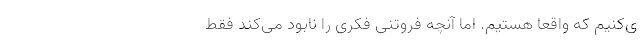
ی‌کنیم که واقعاً هستیم. اما آنچه فروتنی فکری را نابود می‌کند فقط